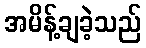
အမိန့်ချခဲ့သည်